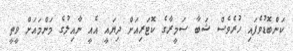
ކަންބޮޑުވެފައި ހުރެވެސް ޝަބާ ސަމީރާގެ ކޮޓަރިއަށް ދިޔައީ އެއީ ނާއިލުގެ މަންމައަށް ވީތީ